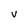
Character: V